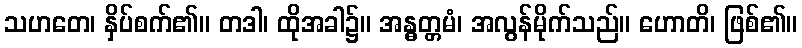
သဟတေ၊ နှိပ်စက်၏။ တဒါ၊ ထိုအခါ၌။ အန္ဓတ္တမံ၊ အလွန်မိုက်သည်။ ဟောတိ၊ ဖြစ်၏။